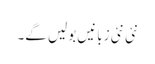
نئی نئی زبانیں بولیں گے۔